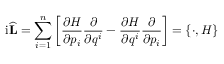
\mathrm { i } { \widehat { \mathbf { L } } } = \sum _ { i = 1 } ^ { n } \left[ { \frac { \partial H } { \partial p _ { i } } } { \frac { \partial } { \partial q ^ { i } } } - { \frac { \partial H } { \partial q ^ { i } } } { \frac { \partial } { \partial p _ { i } } } \right] = \{ \cdot , H \}